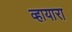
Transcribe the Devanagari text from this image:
व्हायारा